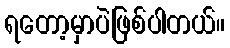
ရတော့မှာပဲဖြစ်ပါတယ်။